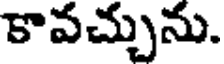
కావచ్చును.